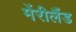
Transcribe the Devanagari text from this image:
मेंरीलैंड